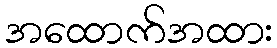
အထောက်အထား